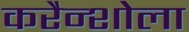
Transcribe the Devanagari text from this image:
करैन्शोला